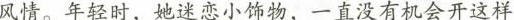
风情。年轻时，她速惠小饰物，一直没有机会开这样